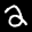
Label: 2